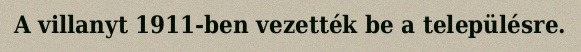
A villanyt 1911-ben vezették be a településre.